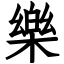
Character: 樂